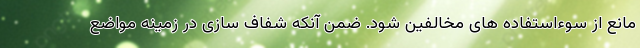
مانع از سوءاستفاده های مخالفین شود. ضمن آنکه شفاف سازی در زمینه مواضع